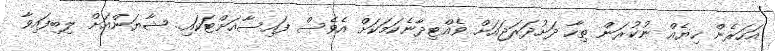
އަހަރެން ހިޔެއް ނުކުރަން ތިހާ ދަށުދަރަޖައަށް ވެއްޓިދާނެކަމަކަށް އެވެސް ފައިސާއަށްޓަކައި.. ޝާޔަންއަށް ލިބިފައިވާ